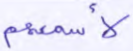
لأسمعهم